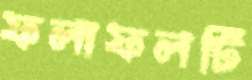
ফলাফলটি